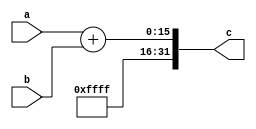
`timescale 1ns / 1ps


// THIS IS NOT A MULTIPLIER
// I am too lazy to go change the name.

module Multiplier(
    input [15:0] a,
    input [15:0] b,
    output [31:0] c
    );
    
    // add two 16bit numbers and extend with 1's
    assign c = {16'hffff, a + b}; 
endmodule